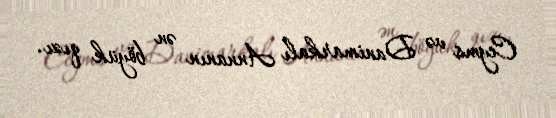
Ceyms və Danimarkalı Annanın ən böyük qızı.